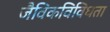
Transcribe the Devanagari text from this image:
जैविकविविधता